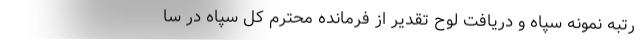
رتبه نمونه سپاه و دریافت لوح تقدیر از فرمانده محترم کل سپاه در سا